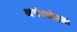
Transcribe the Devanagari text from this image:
आनंदसोहळा